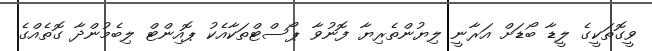
ވީގޮތަކީގެ ލީޑާ ބޯޑަށް އަރާނީ ލިޔުންތެރިޔާ ފޮނުވާ ޕޯސްޓްތަކާއެކު ޕޮއިންޓް ލިބެމުންދާ ގޮތެއްގެ